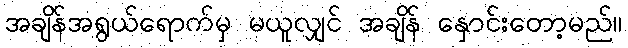
အချိန်အရွယ်ရောက်မှ မယူလျှင် အချိန် နှောင်းတော့မည်။